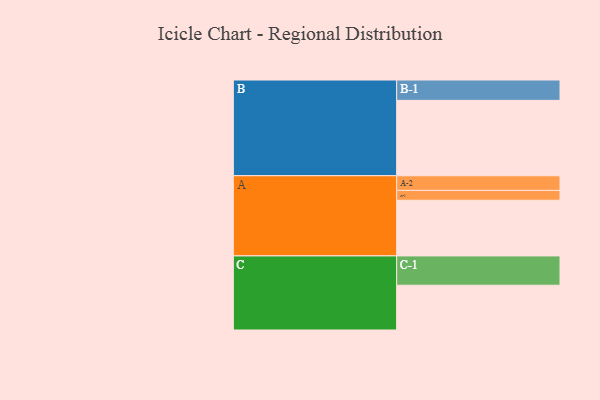
{"axis": {"x": "Segment", "y": "Value"}, "legend": ["", "A", "B", "C"], "data": [{"x": "A", "y": 429, "type": ""}, {"x": "B", "y": 581, "type": ""}, {"x": "C", "y": 345, "type": ""}, {"x": "A-1", "y": 76, "type": "A"}, {"x": "A-2", "y": 113, "type": "A"}, {"x": "B-1", "y": 157, "type": "B"}, {"x": "C-1", "y": 226, "type": "C"}]}